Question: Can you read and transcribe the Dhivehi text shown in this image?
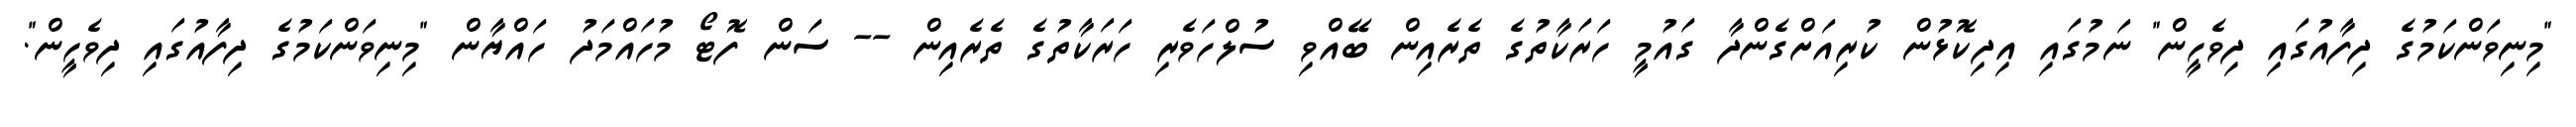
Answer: "މިނިވަންކަމުގެ ދިފާއުގައި ދިވެހީން" ނަމުގައި އިދިކޮޅުން ކުރިއަށްގެންދާ ގައުމީ ހަރަކާތުގެ ތެރެއިން ބޭއްވި ސުލްހަވެރި ހަރަކާތުގެ ތެރެއިން -- ސަން ފޮޓޯ މުހައްމަދު ހައްޔާން "މިނިވަންކަމުގެ ދިފާއުގައި ދިވެހީން".